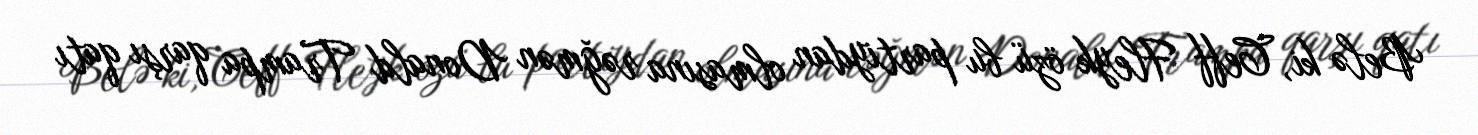
Belə ki, Ceff Fleyk özü bu partiydan olmasına rəğmən Donald Trampa qarşı qatı